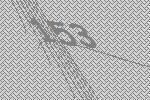
153